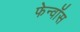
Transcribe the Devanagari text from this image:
फेन्‍वॉस